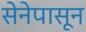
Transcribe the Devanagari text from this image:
सेनेपासून